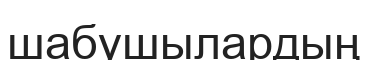
шабушылардың